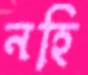
নহি